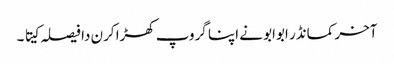
آخر کمانڈر ابوابو نے اپنا گروپ کھڑا کرن دا فیصلہ کیتا ۔